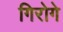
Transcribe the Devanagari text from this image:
गिरोगे